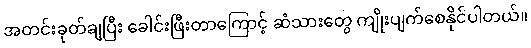
အတင်းခုတ်ချပြီး ခေါင်းဖြီးတာကြောင့် ဆံသားတွေ ကျိုးပျက်စေနိုင်ပါတယ်။